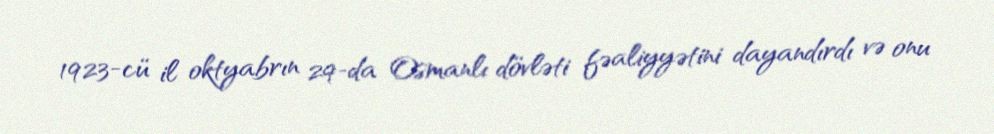
1923-cü il oktyabrın 29-da Osmanlı dövləti fəaliyyətini dayandırdı və onu